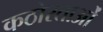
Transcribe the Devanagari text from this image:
कठोरताओं